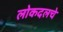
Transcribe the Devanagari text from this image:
लोकदलचे